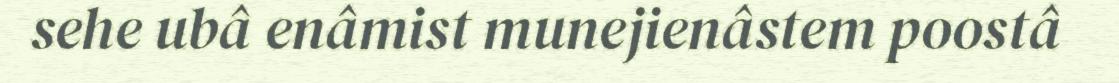
sehe ubâ enâmist munejienâstem poostâ